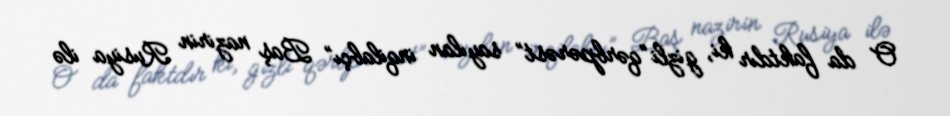
O da faktdır ki, gizli “qərbpərəst” sayılan inqilabçı” Baş nazirin Rusiya ilə